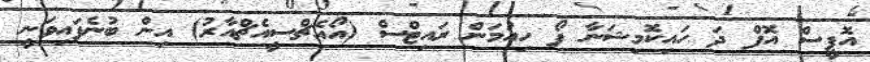
އޮފީސް އޮފް ދަ ހައިކޮމިޝަނާ ފޯ ހިއުމަން ރައިޓްސް (އޯއެޗްސީއެޗްއާރު) އިން ބުނެފައިވަނީ